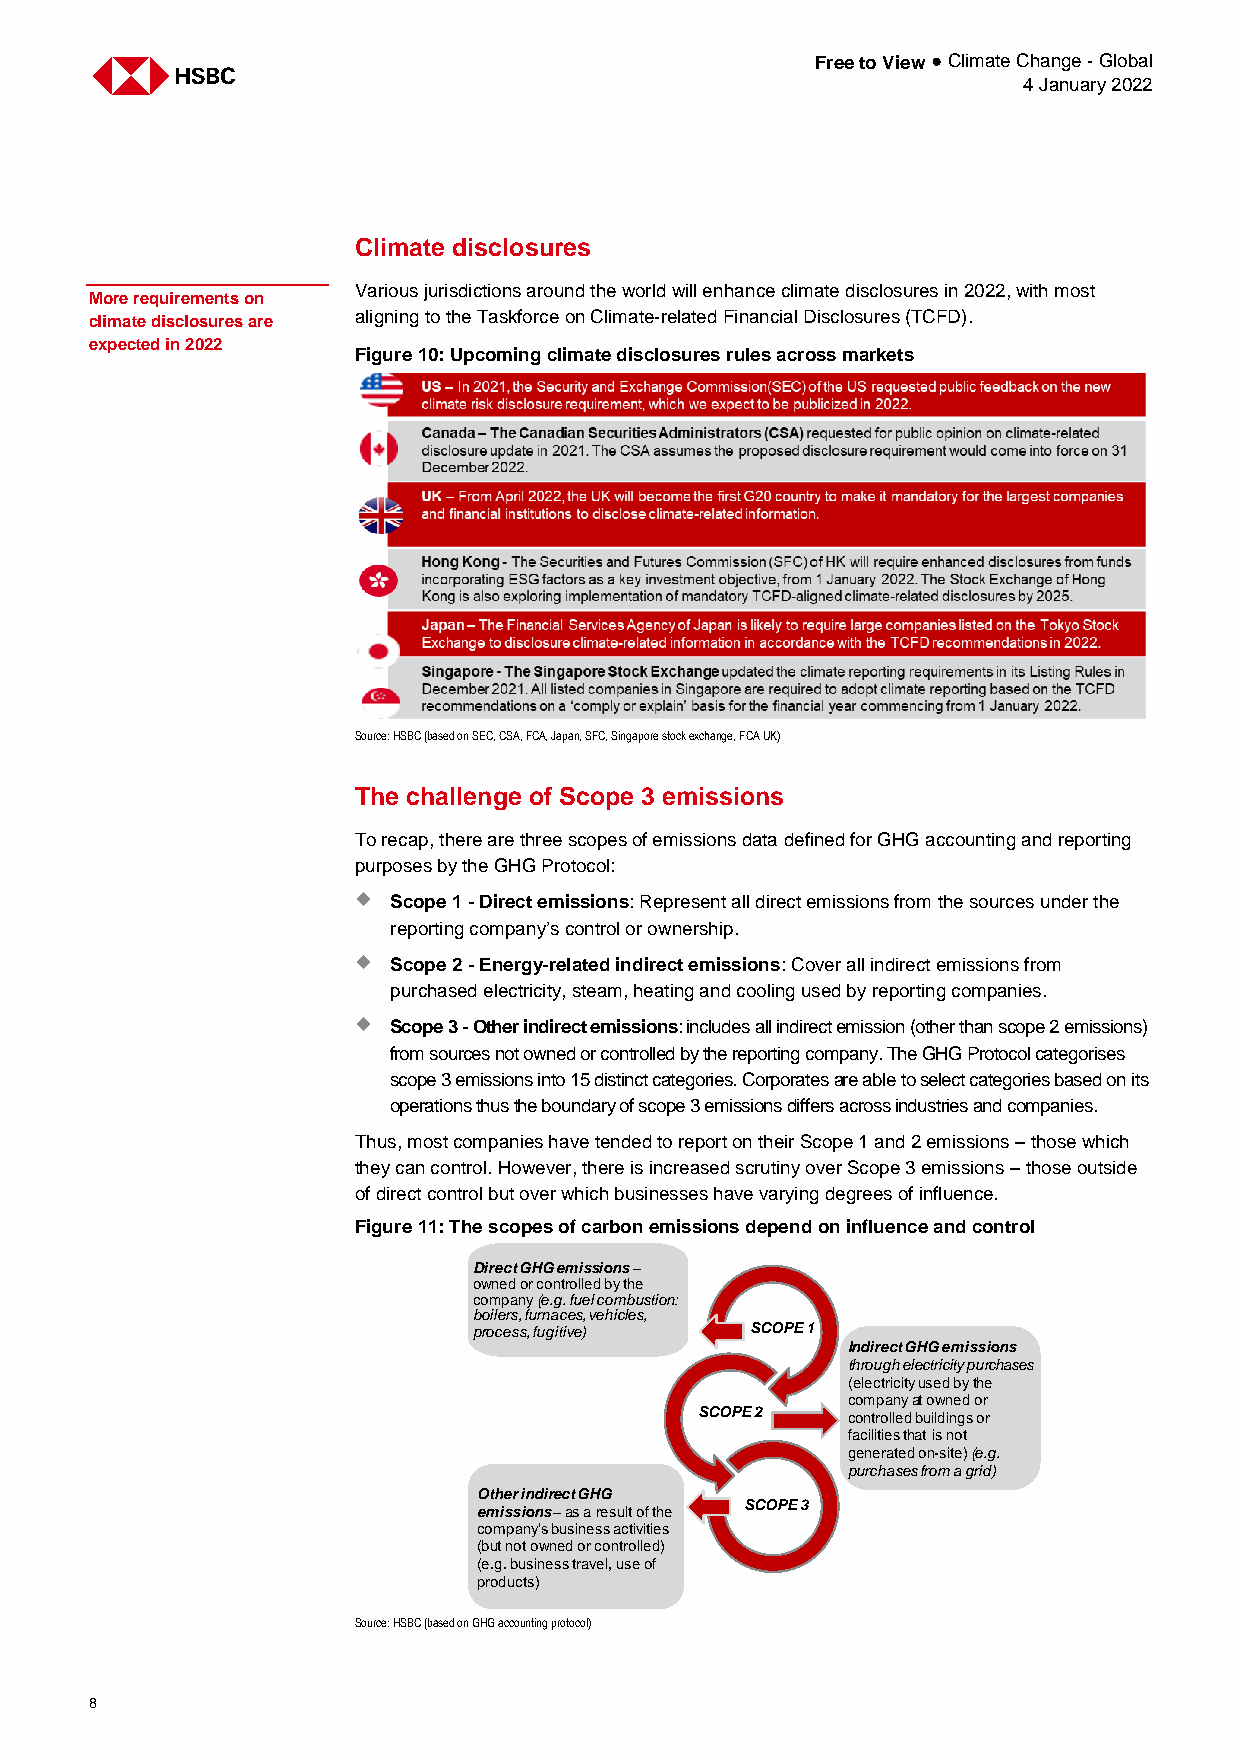
Free to View ● Climate Change - Global
 4 January 2022
 Climate disclosures
 Various jurisdictions around the world will enhance climate disclosures in 2022, with most
 More requirements on
 climate disclosures are aligning to the Taskforce on Climate-related Financial Disclosures (TCFD).
 expected in 2022
 Figure 10: Upcoming climate disclosures rules across markets
 Source: HSBC (based on SEC, CSA, FCA, Japan, SFC, Singapore stock exchange, FCA UK)
 The challenge of Scope 3 emissions
 To recap, there are three scopes of emissions data defined for GHG accounting and reporting
 purposes by the GHG Protocol:
   Scope 1 - Direct emissions: Represent all direct emissions from the sources under the
 reporting company’s control or ownership.
   Scope 2 - Energy-related indirect emissions: Cover all indirect emissions from
 purchased electricity, steam, heating and cooling used by reporting companies.
   Scope 3 - Other indirect emissions: includes all indirect emission (other than scope 2 emissions)
 from sources not owned or controlled by the reporting company. The GHG Protocol categorises
 scope 3 emissions into 15 distinct categories. Corporates are able to select categories based on its
 operations thus the boundary of scope 3 emissions differs across industries and companies.
 Thus, most companies have tended to report on their Scope 1 and 2 emissions – those which
 they can control. However, there is increased scrutiny over Scope 3 emissions – those outside
 of direct control but over which businesses have varying degrees of influence.
 Figure 11: The scopes of carbon emissions depend on influence and control
 Direct GHG emissions–
 owned or controlled by the
 company (e.g. fuel combustion:
 boilers, furnaces, vehicles,
 process, fugitive) SCOPE 1
 Indirect GHG emissions
 through electricity purchases
 (electricity used by the
 company at owned or
 SCOPE 2   controlled buildings or
 facilities that is not
 generated on-site) (e.g.
 purchases from a grid)
 Other indirect GHG
 SCOPE 3
 emissions–as a result of the
 company’s business activities
 (but not owned or controlled)
 (e.g. business travel, use of
 products)
 Source: HSBC (based on GHG accounting protocol)
 8